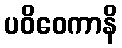
ပဝိဝေကာနိ